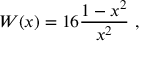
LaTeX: W ( x ) = 1 6 \frac { 1 - x ^ { 2 } } { x ^ { 2 } } \ ,